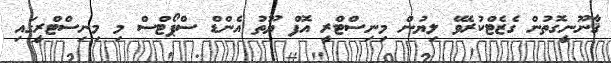
ޤާނޫނީގޮތުން ގެޒެޓްކުރެވޭ ލިޔުން މިނިސްޓްރީ އޮފް ޔޫތު އެންޑް ސްޕޯޓްސް މި މިނިސްޓްރީގައި